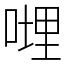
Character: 𠹺